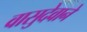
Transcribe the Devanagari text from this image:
वासुदेवाने